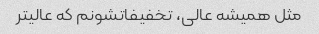
مثل همیشه عالی، تخفیفاتشونم که عالیتر